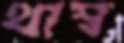
থাম্ব